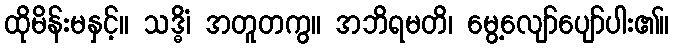
ထိုမိန်းမနှင့်။ သဒ္ဓိံ၊ အတူတကွ။ အဘိရမတိ၊ မွေ့လျော်ပျော်ပါး၏။